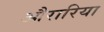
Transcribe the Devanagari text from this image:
औरारिया